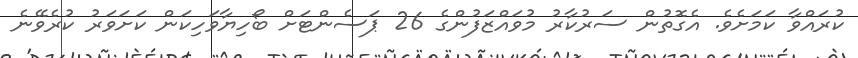
ކުރައްވާ ކަމަށެވެ. އެގޮތުން ސަރުކާރު މުވައްޒަފުންގެ 26 ޕަސެންޓަށް ބޯހިޔާވަހިކަން ކަށަވަރު ކުރެވޭނެ